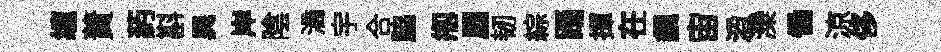
缠蕡葯斟異岸陰滴宇合脇剏屬韧綜踊揮在飆宙滔灤慟涼侈